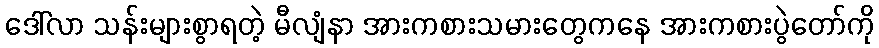
ဒေါ်လာ သန်းများစွာရတဲ့ မီလျံနာ အားကစားသမားတွေကနေ အားကစားပွဲတော်ကို